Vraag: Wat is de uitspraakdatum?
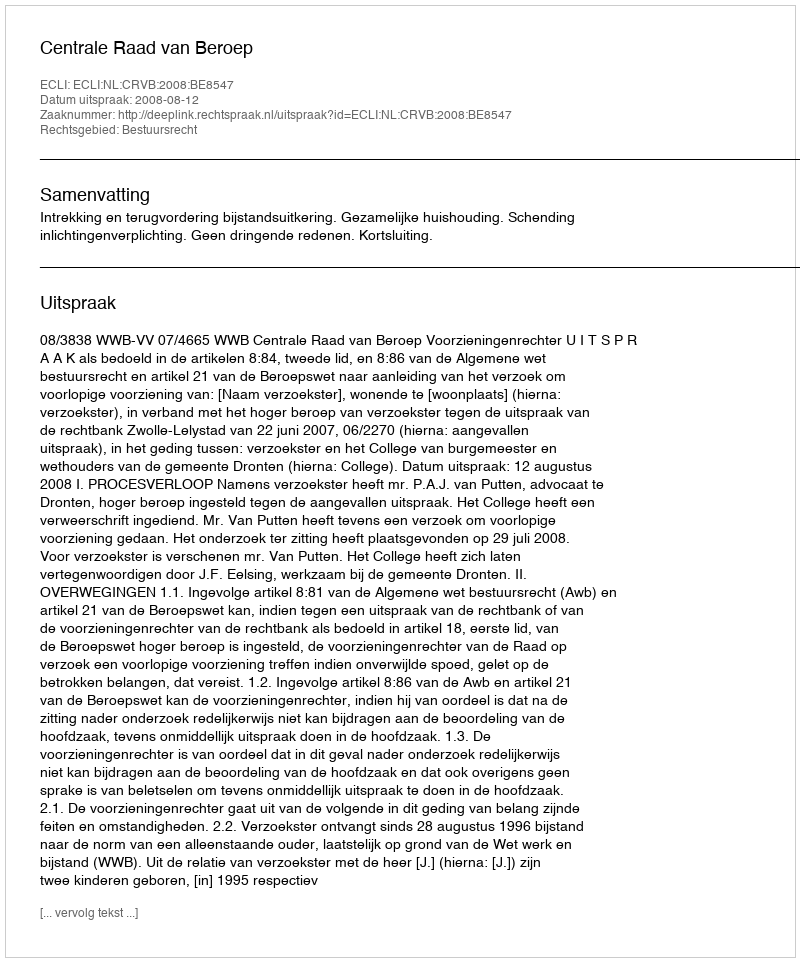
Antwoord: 2008-08-12